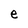
Character: e